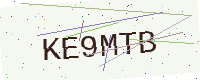
Text: KE9MTB